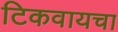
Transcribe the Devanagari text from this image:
टिकवायचा